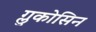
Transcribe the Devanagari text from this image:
ग्लुकोसिन